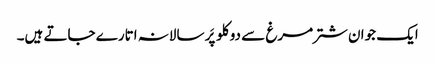
ایک جوان شتر مرغ سے دو کلو پَر سالانہ اتارے جاتے ہیں۔